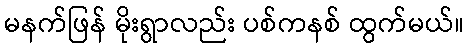
မနက်ဖြန် မိုးရွာလည်း ပစ်ကနစ် ထွက်မယ်။